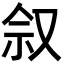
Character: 𪠩